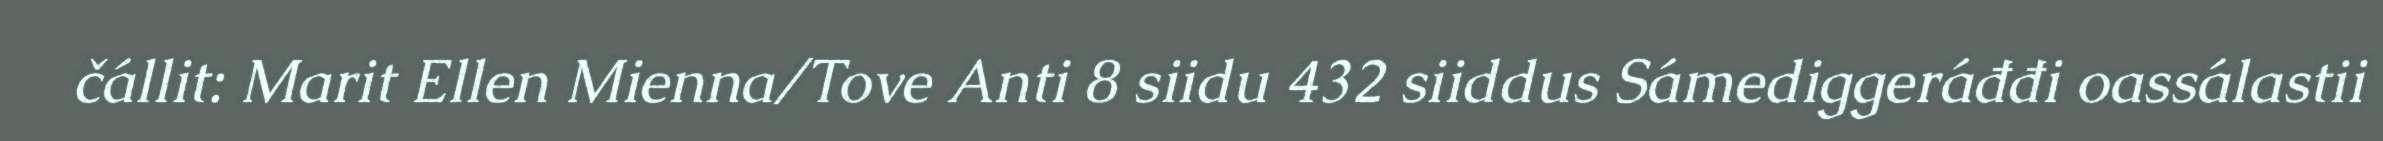
čállit: Marit Ellen Mienna/Tove Anti 8 siidu 432 siiddus Sámediggeráđđi oassálastii